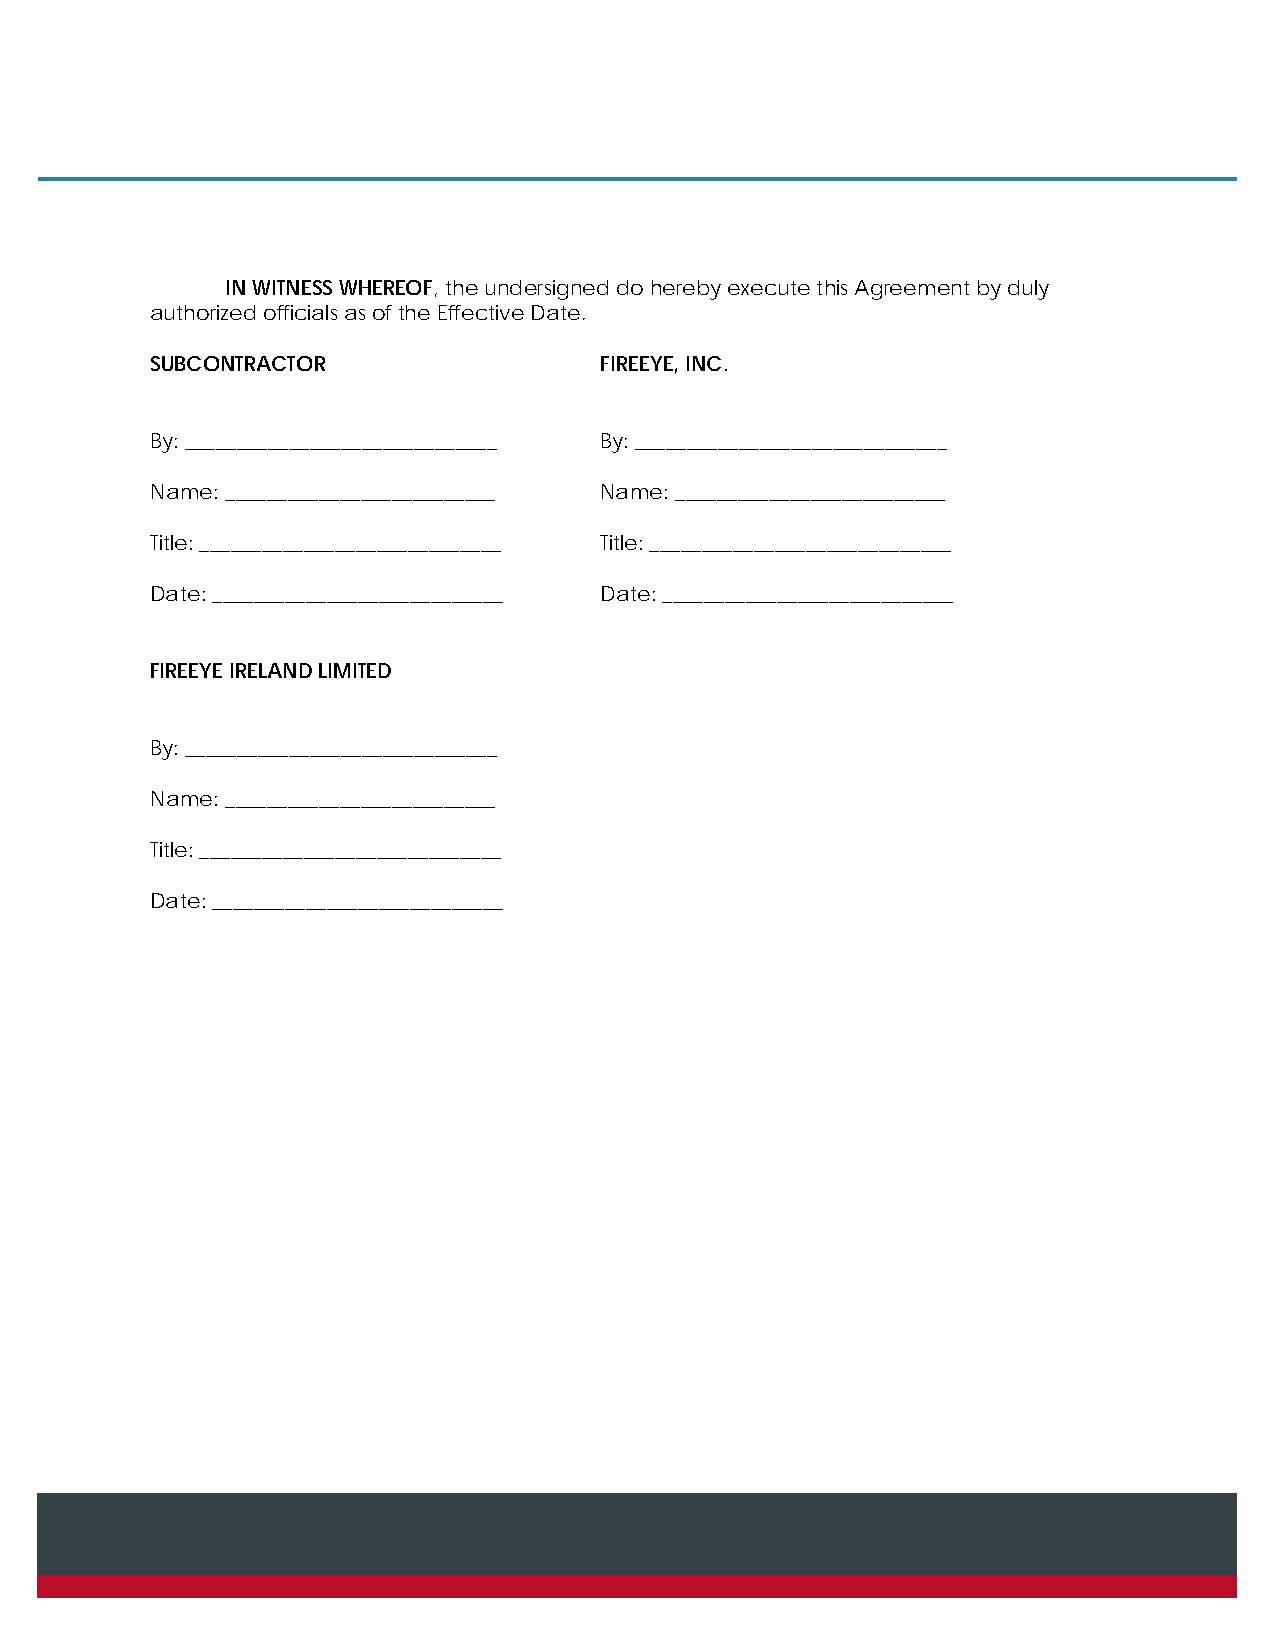
IN WITNESS WHEREOF, the undersigned do hereby execute this Agreement by duly
 authorized officials as of the Effective Date.
 SUBCONTRACTOR                 FIREEYE, INC.
 By: ______________________________ By: ______________________________
 Name: __________________________ Name: __________________________
 Title: _____________________________ Title: _____________________________
 Date: ____________________________ Date: ____________________________
 FIREEYE IRELAND LIMITED
 By: ______________________________
 Name: __________________________
 Title: _____________________________
 Date: ____________________________